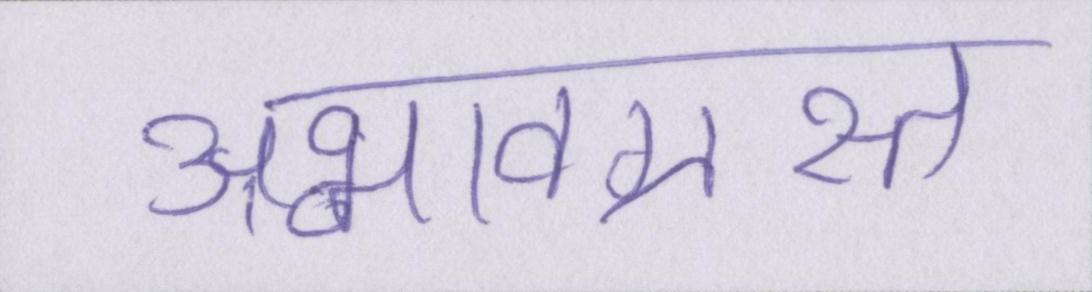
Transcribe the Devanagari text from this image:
अभावग्रस्त